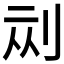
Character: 𱐘